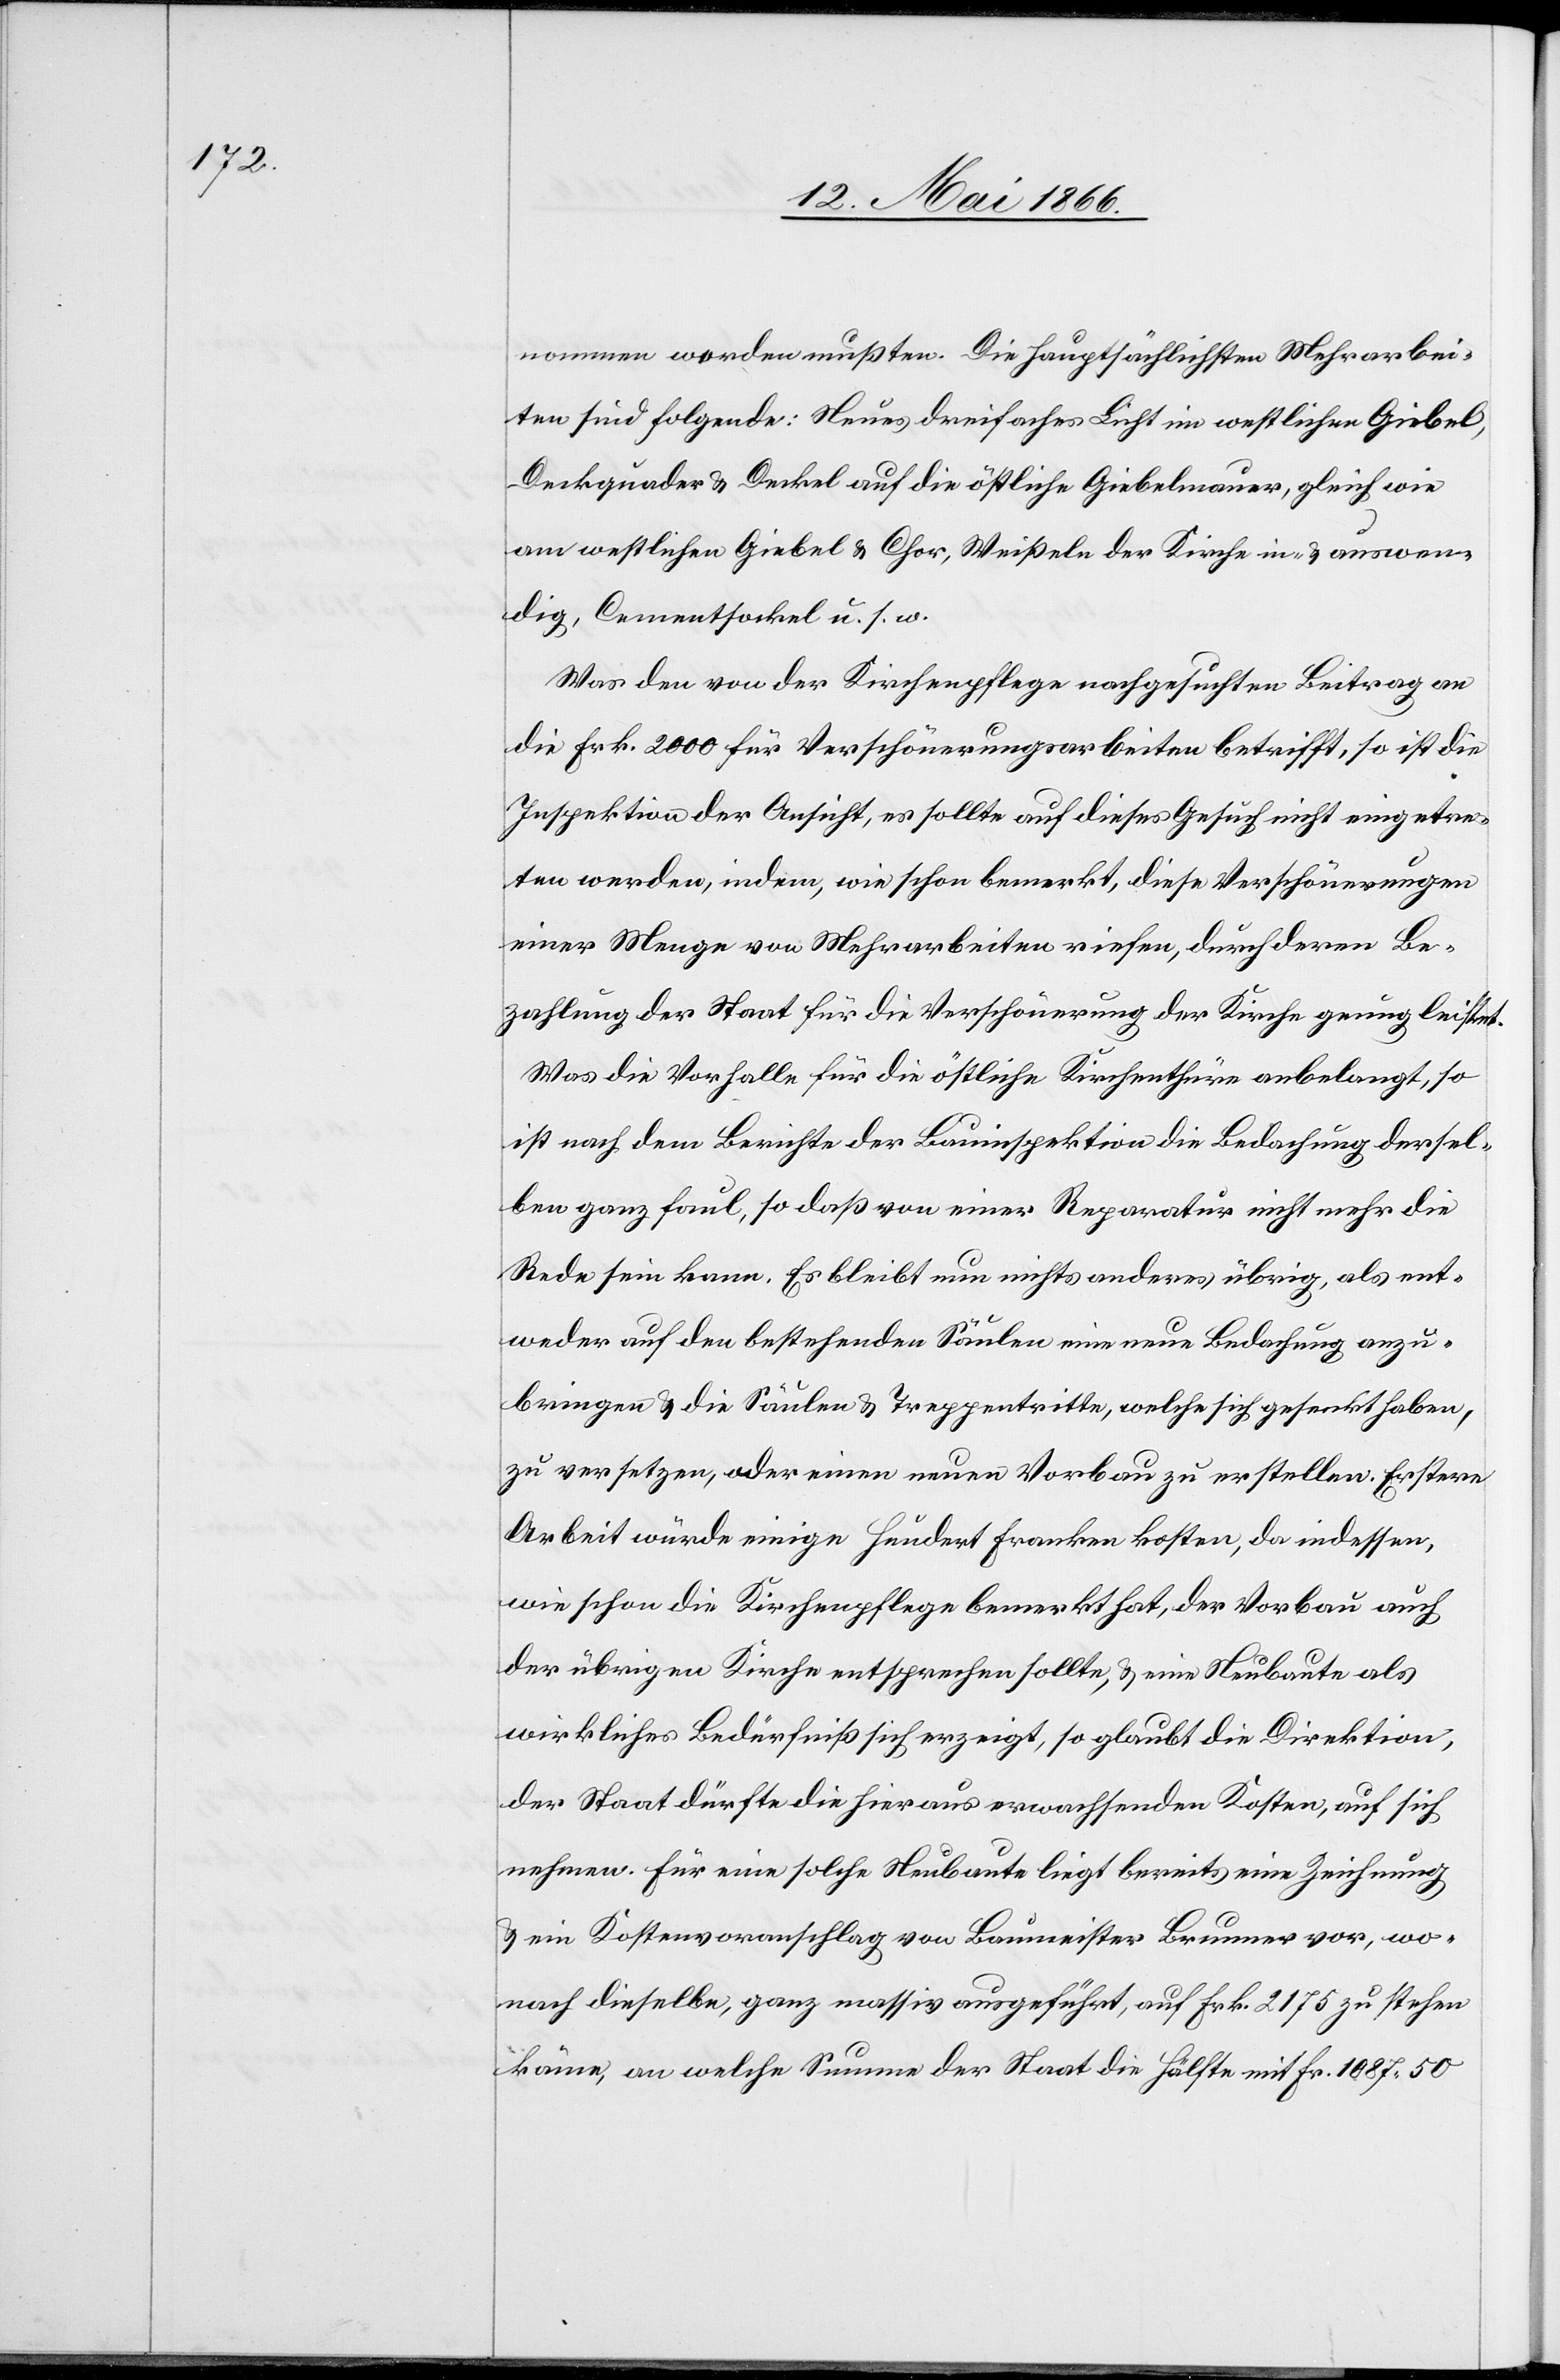
nommen werden mußten. Die hauptsächlichen Mehrarbei¬
ten sind folgende: Neues dreifaches Licht im westlichen Giebel,
Deckquader u. Deckel auf die östliche Giebelmauer, gleich wie
am westlichen Giebel u. Chor, Wießeln der Kirche in- u. auswen¬
dig, Cementsockel u. s. w.
Was den von der Kirchenpflege nachgesuchten Beitrag an
die Frk. 2000 für Verschönerungsarbeiten betrifft, so ist die
Inspektion der Ansicht, es sollte auf dieses Gesuch nicht eingetre¬
ten werden, indem, wie schon bemerkt, diese Verschönerungen
einer Menge von Mehrarbeiten riefen, durch deren Be¬
zahlung der Staat für die Verschönerung der Kirche genug leistet.
Was die Vorhalle für die östliche Kirchenthüre anbelangt, so
ist nach dem Berichte der Bauinspektion die Bedachung dersel¬
ben ganz faul, so daß von einer Reparatur nicht mehr die
Rede sein kann. Es bleibt nun nichts anderes übrig, als ent¬
weder auf den bestehenden Säulen eine neue Bedachung anzu¬
bringen u. die Säulen u. Treppentritte, welche sich gesenkt haben,
zu versetzen, oder einen neuen Vorbau zu erstellen. Erstere
Arbeit würde einige hundert Franken kosten, da indessen,
wie schon die Kirchenpflege bemerkt hat, der Vorbau auch
der übrigen Kirche entsprechen sollte, u. eine Neubaute als
wirkliches Bedürfniß sich erzeigt, so glaubt die Direktion,
der Staat dürfte die hieraus erwachsenden Kosten, auf sich
nehmen. Für eine solche Neubaute liegt bereits eine Zeichnung
u. ein Kostenvoranschlag von Baumeister Brunner vor, wo¬
nach dieselbe, ganz massiv ausgeführt, auf Frk. 2175 zu stehen
käme, an welche Summe der Staat die Hälfte mit Frk. 1087.50